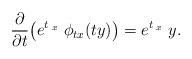
LaTeX: \begin{align*} \frac{\partial}{\partial t} \big(e^{t\;_x}\; \phi_{tx}(ty) \big) = e^{t\;_x} \; y. \end{align*}